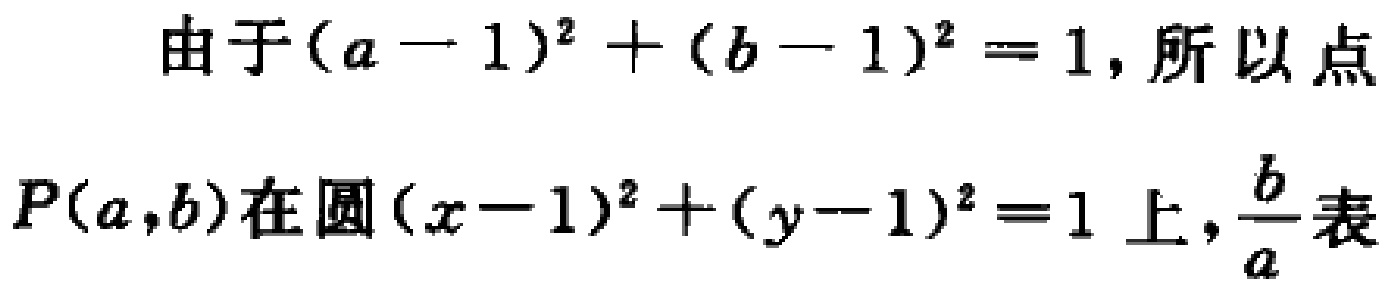
由于\((a - 1)^2 + (b - 1)^2 = 1\)，所以点\(P(a,b)\)在圆\((x - 1)^2 + (y - 1)^2 = 1\)上，\(\frac{b}{a}\)表